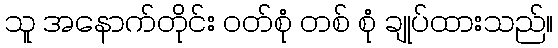
သူ အနောက်တိုင်း ဝတ်စုံ တစ် စုံ ချုပ်ထားသည်။